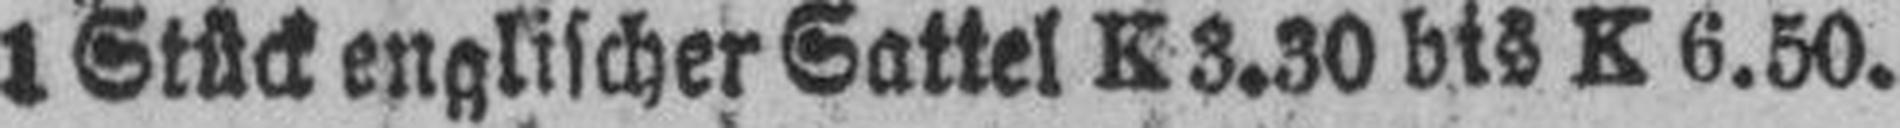
1 Stück englischer Sattel K 3.30 bis K 6.50.